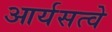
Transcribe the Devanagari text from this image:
आर्यसत्वे